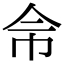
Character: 𢁭